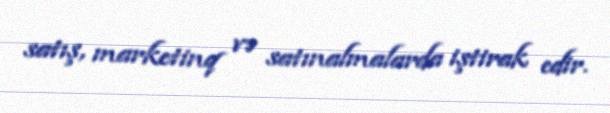
satış, marketinq və satınalmalarda iştirak edir.